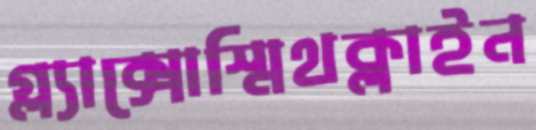
গ্ল্যাক্সোস্মিথক্লাইন